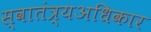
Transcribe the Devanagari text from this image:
स्वातंत्र्यअधिकार